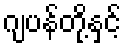
ဂျပန်တို့နှင့်